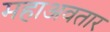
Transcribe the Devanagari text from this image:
महाअवतार